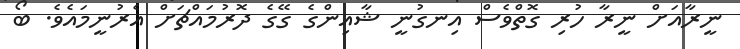
ނީރާއަށް ނީރާ ހުރި ގޮތްވެސް އިނގުނީ ޝާއިންގެ ގޭގެ ދޮރުމައްޗަށް އެރުނީމައެވެ. ބޯ